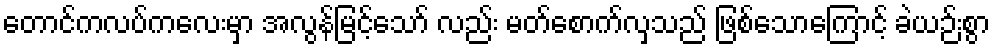
တောင်ကလပ်ကလေးမှာ အလွန်မြင့်သော် လည်း မတ်စောက်လှသည် ဖြစ်သောကြောင့် ခဲယဉ်းစွာ